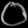
Digit: ၀